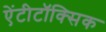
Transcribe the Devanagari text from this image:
ऐंटीटॉक्सिक